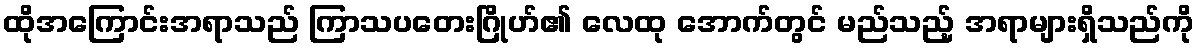
ထိုအကြောင်းအရာသည် ကြာသပတေးဂြိုဟ်၏ လေထု အောက်တွင် မည်သည့် အရာများရှိသည်ကို